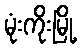
မုံးကိုးမြို့